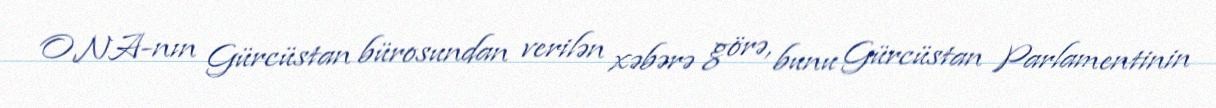
ONA-nın Gürcüstan bürosundan verilən xəbərə görə, bunu Gürcüstan Parlamentinin